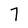
Character: 7